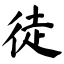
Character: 徒